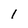
Character: l